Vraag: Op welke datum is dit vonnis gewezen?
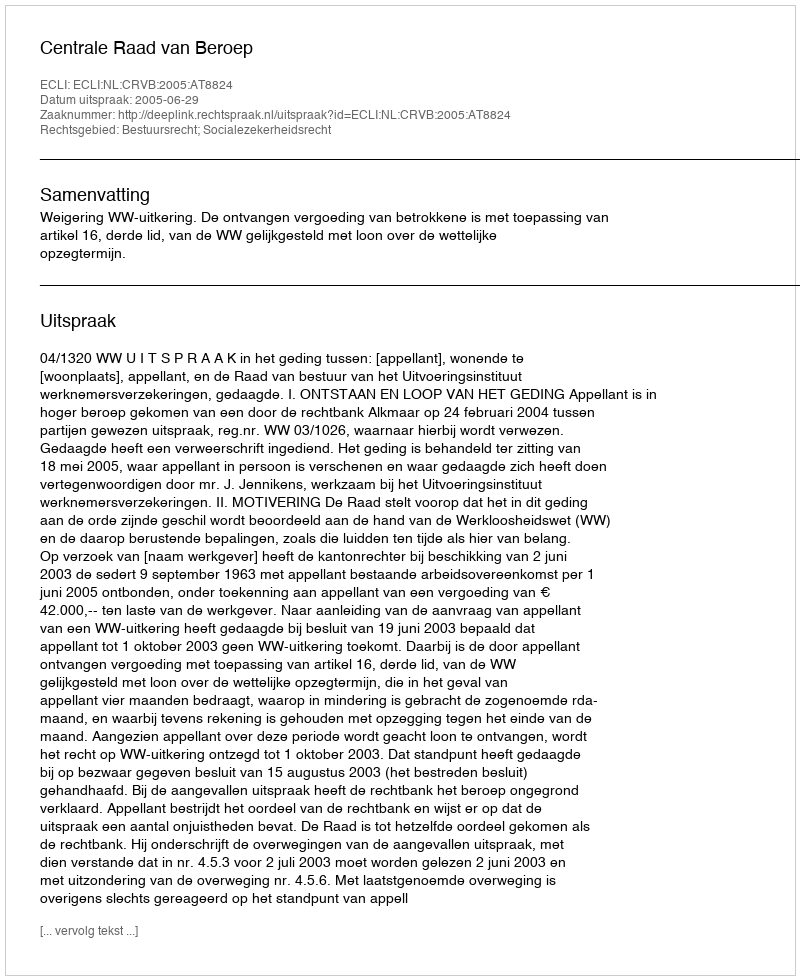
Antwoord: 2005-06-29